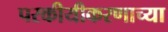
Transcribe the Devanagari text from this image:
परकीयीकरणाच्या